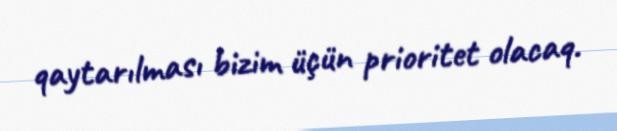
qaytarılması bizim üçün prioritet olacaq.